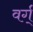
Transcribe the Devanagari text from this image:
वर्ग्